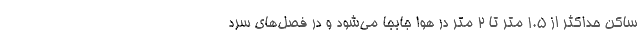
ساکن حداکثر از 1.5 متر تا 2 متر در هوا جابجا می‌شود و در فصل‌های سرد